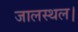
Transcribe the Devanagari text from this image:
जालस्थल।